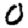
Digit: 0